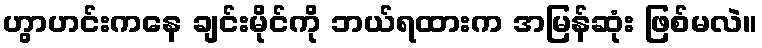
ဟွာဟင်းကနေ ချင်းမိုင်ကို ဘယ်ရထားက အမြန်ဆုံး ဖြစ်မလဲ။